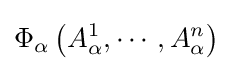
\Phi _{\alpha }\left({A_{\alpha }^{1},\cdots ,A_{\alpha }^{n}}\right)